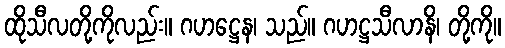
ထိုသီလတို့ကိုလည်း။ ဂဟဋ္ဌေန၊ သည်။ ဂဟဋ္ဌသီလာနိ၊ တို့ကို။